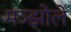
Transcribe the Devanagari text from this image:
मञ्झोले